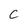
Character: C